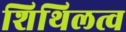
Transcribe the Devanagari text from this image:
शिथिलत्व